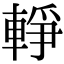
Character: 𨌢